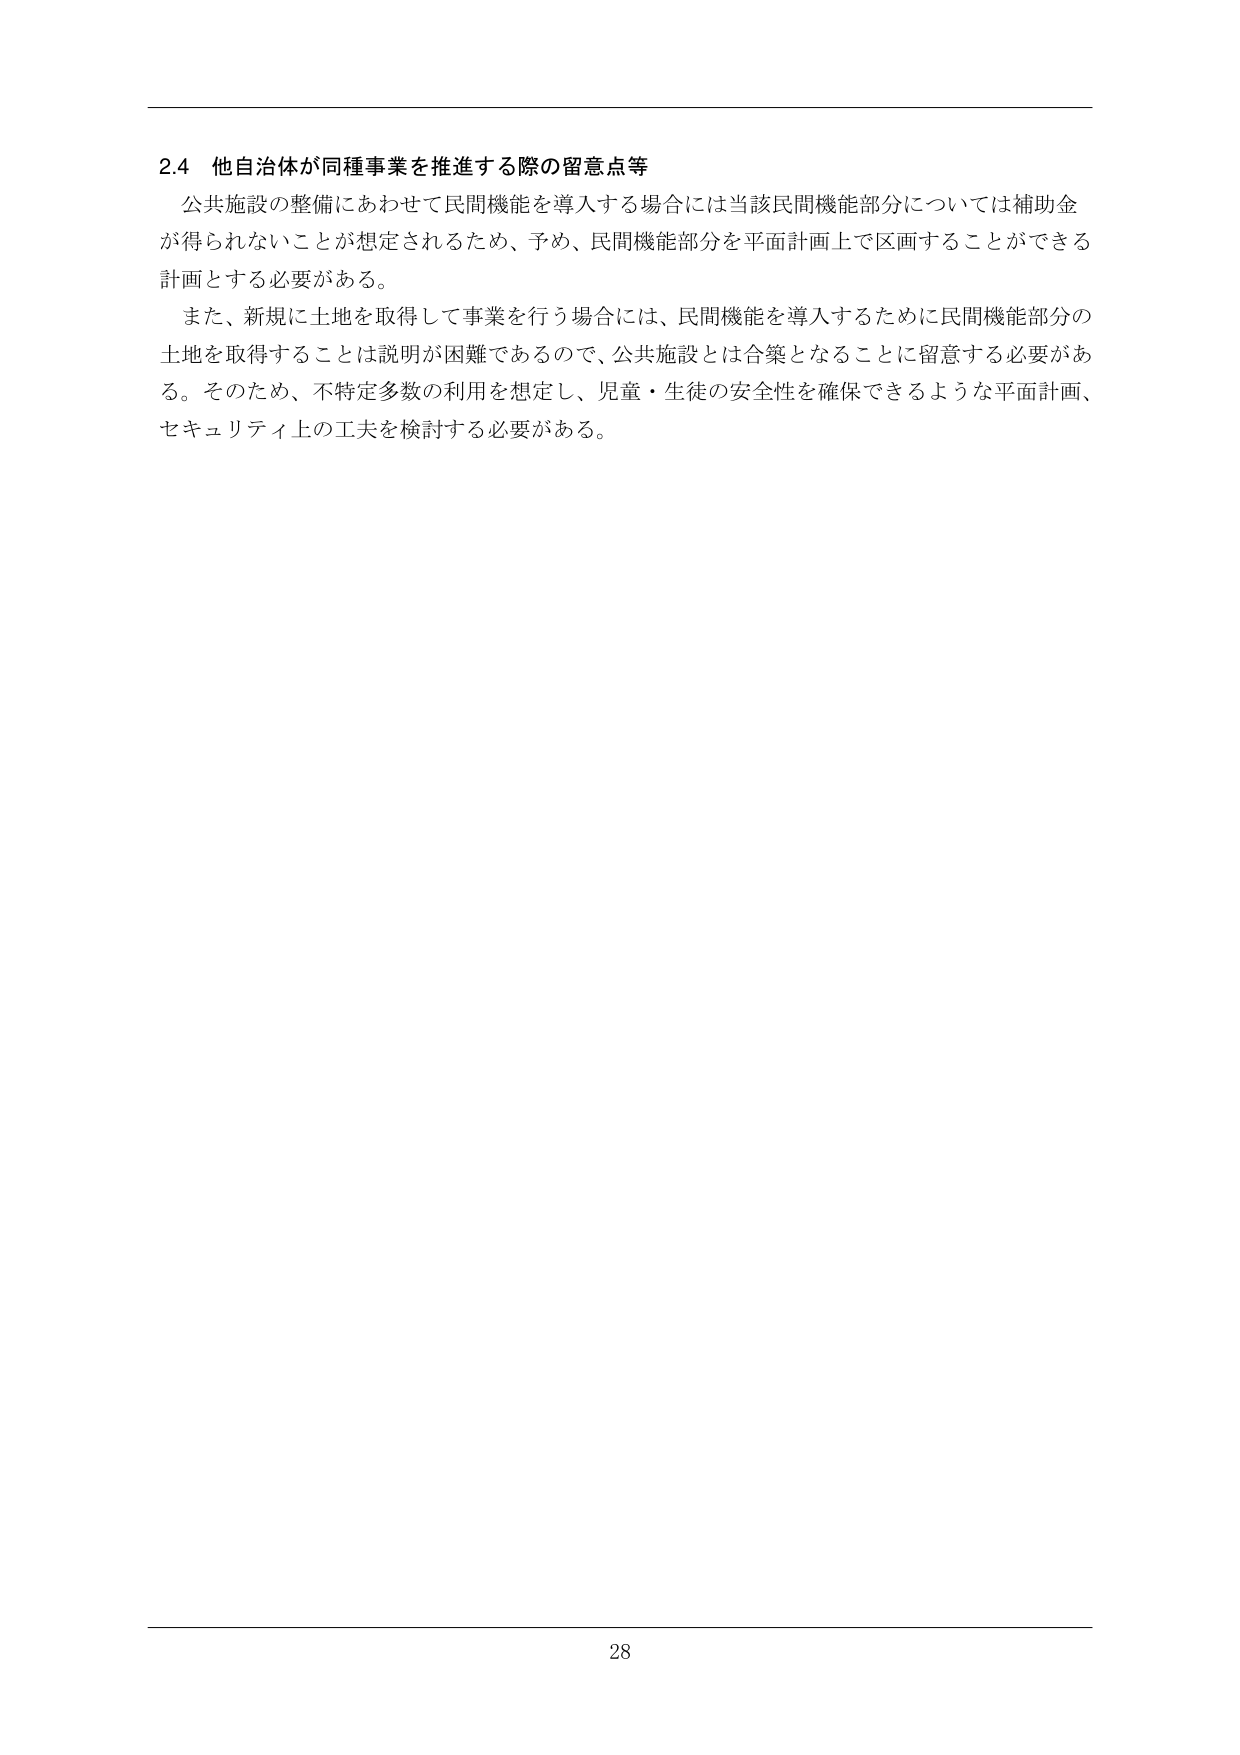
2.4 他自治体が同種事業を推進する際の留意点等
公共施設の整備にあわせて民間機能を導入する場合には当該民間機能部分については補助金が得られないことが想定されるため、予め、民間機能部分を平面計画上で区画することができる計画とする必要がある。
また、新規に土地を取得して事業を行う場合には、民間機能を導入するために民間機能部分の土地を取得することは説明が困難であるので、公共施設とは合築となることに留意する必要がある。そのため、不特定多数の利用を想定し、児童・生徒の安全性を確保できるような平面計画、セキュリティ上の工夫を検討する必要がある。
28